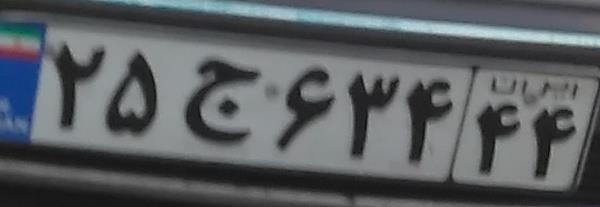
۲۵ج۶۳۴۴۴